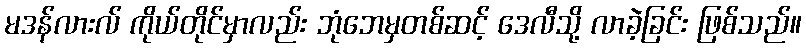
မဒန်လားလ် ကိုယ်တိုင်မှာလည်း ဘုံဘေမှတစ်ဆင့် ဒေလီသို့ လာခဲ့ခြင်း ဖြစ်သည်။